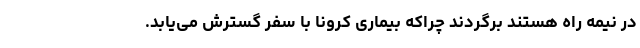
در نیمه راه هستند برگردند چراکه بیماری کرونا با سفر گسترش می‌یابد.